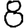
Digit: 8